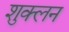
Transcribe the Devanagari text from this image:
शुक्लन